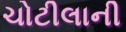
ચોટીલાની